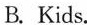
A.most parents learn about new technology all over the world